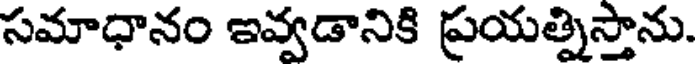
సమాధానం ఇవ్వడానికి ప్రయత్నిస్తాను.